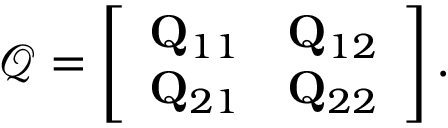
\mathcal { Q } = \left[ \begin{array} { l l } { \mathbf { Q } _ { 1 1 } } & { \mathbf { Q } _ { 1 2 } } \\ { \mathbf { Q } _ { 2 1 } } & { \mathbf { Q } _ { 2 2 } } \end{array} \right] .